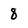
Character: 8